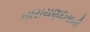
નારાયણદાસની